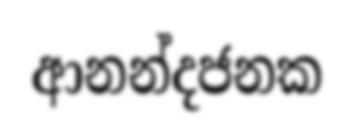
ආනන්දජනක